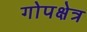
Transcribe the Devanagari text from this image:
गोपक्षेत्र